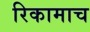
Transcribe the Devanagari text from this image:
रिकामाच